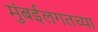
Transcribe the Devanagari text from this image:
मुंबईलगतच्या